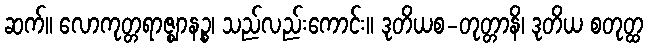
ဆက်။ လောကုတ္တရာဇ္ဈာနဉ္စ၊ သည်လည်းကောင်း။ ဒုတိယစ-တုတ္တာနိ၊ ဒုတိယ စတုတ္ထ